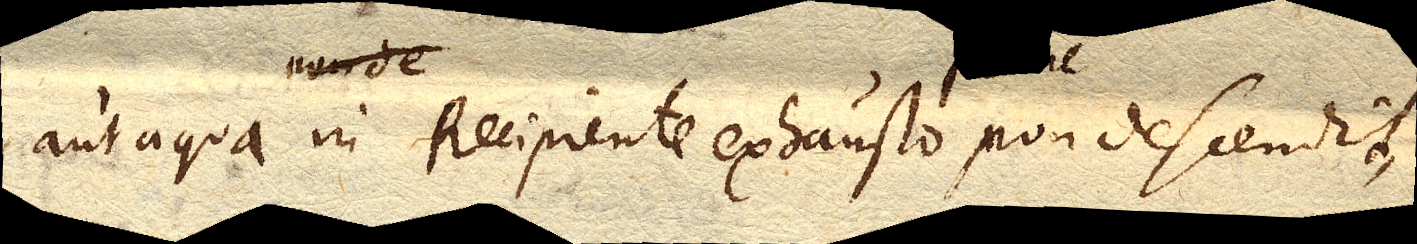
aut aqua in Recipiente exhausto plane non descendit,